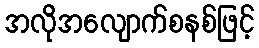
အလိုအလျောက်စနစ်ဖြင့်